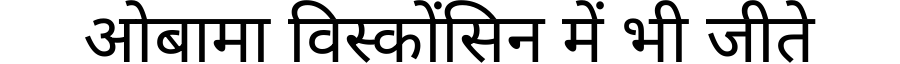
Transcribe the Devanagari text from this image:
ओबामा विस्कोंसिन में भी जीते